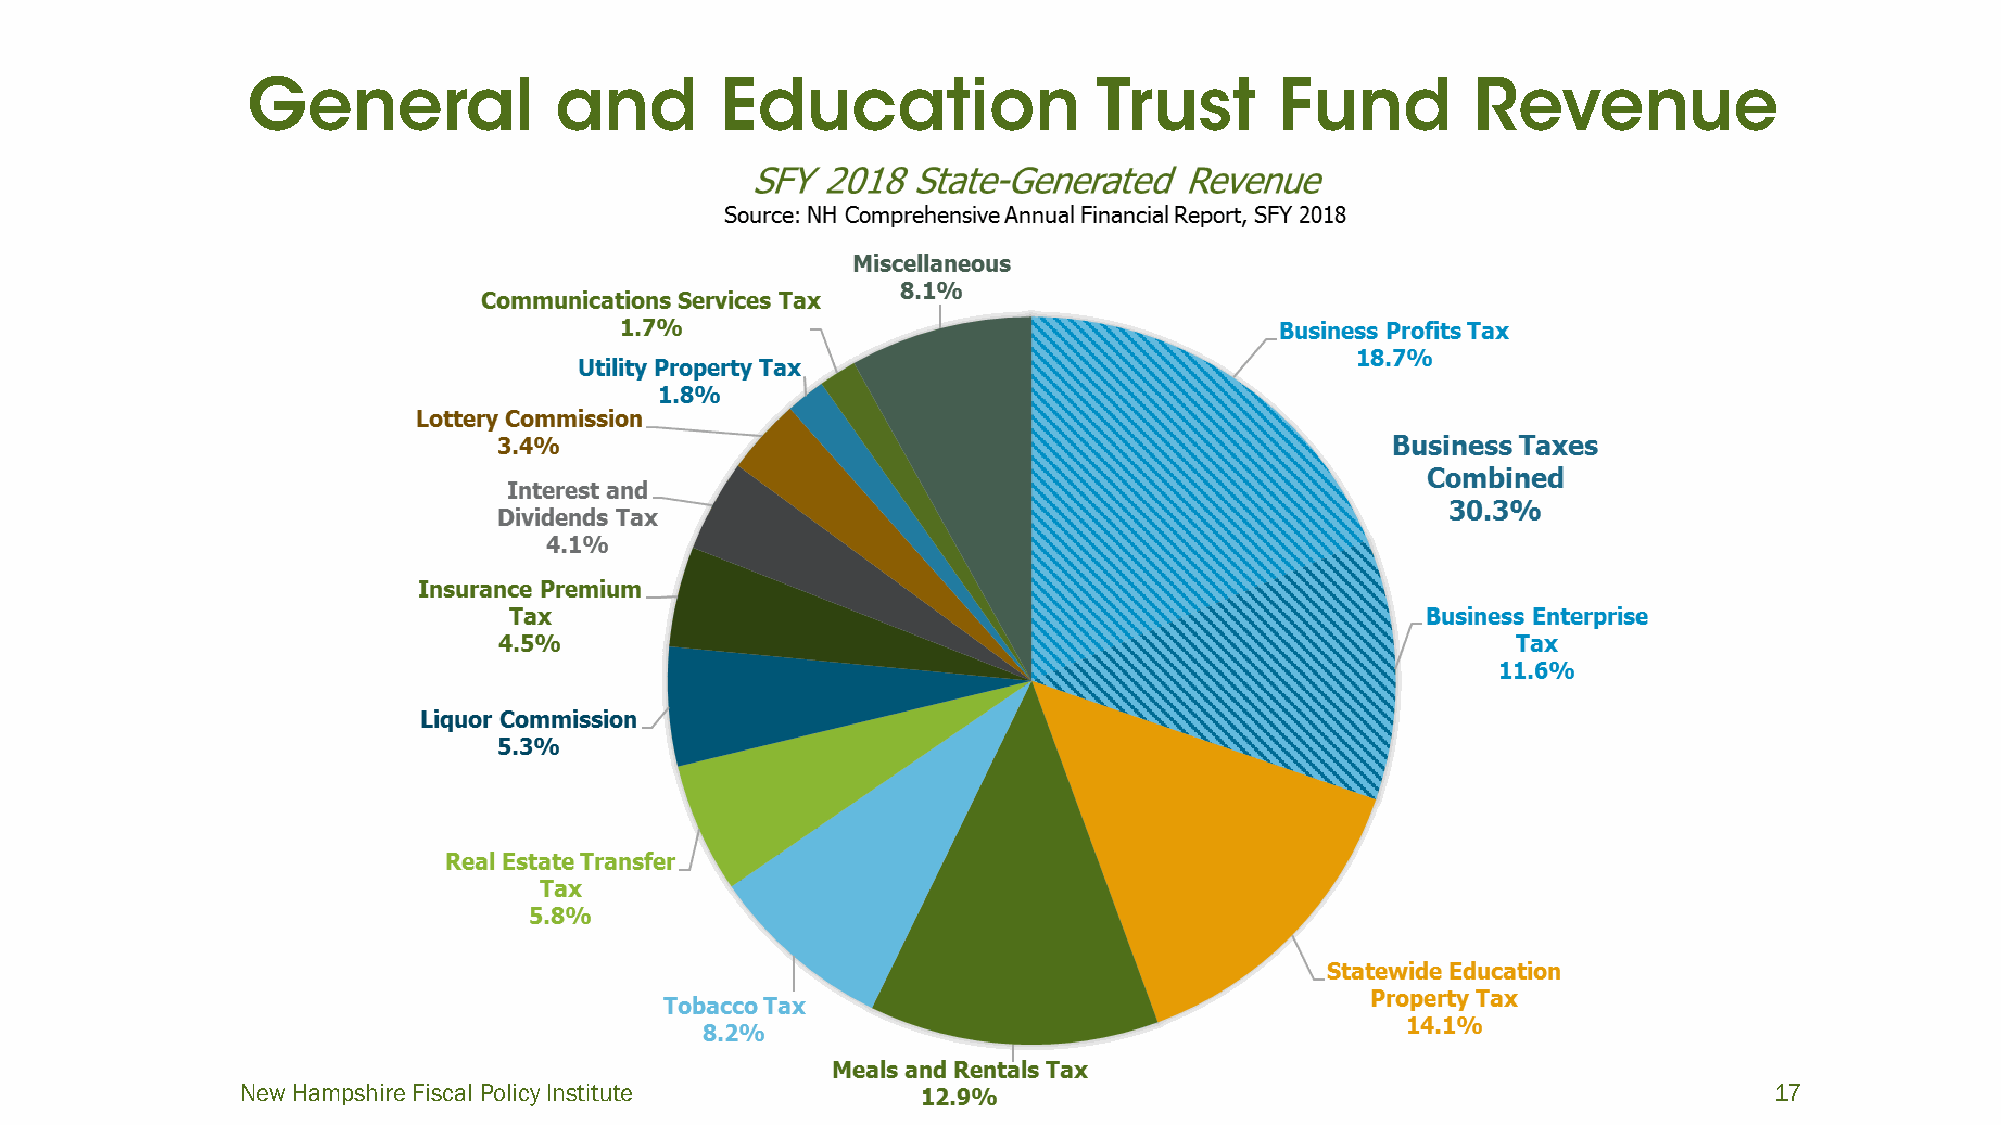
New Hampshire Fiscal Policy Institute                                                                17